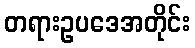
တရားဥပဒေအတိုင်း